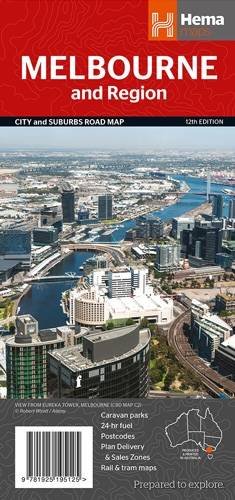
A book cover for Melbourne & Region Handy Map 1:12.9K Hema; Hema Maps Pty.Ltd; Travel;